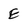
Character: E